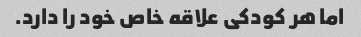
اما هر کودکی علاقه خاص خود را دارد.